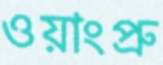
ওয়াংপ্রু